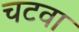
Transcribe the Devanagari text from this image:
चटवा